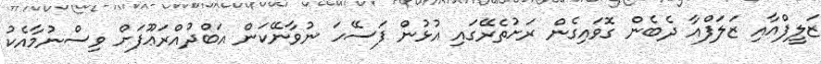
ޒަލީފްއާއި ޒަލަފްއާ ދެބެން ގޮވައިގެން ރަށުތެރޭގައި އުޅުން ފަސޭހަ ނުވާނޭކަން އަބްދުއްރަޢޫފަށް ވިސްނުމާއެކު